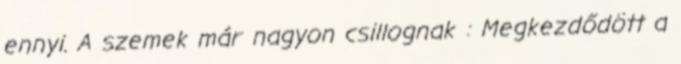
ennyi. A szemek már nagyon csillognak : Megkezdődött a